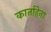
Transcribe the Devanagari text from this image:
कार्ताहेना